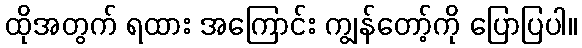
ထိုအတွက် ရထား အကြောင်း ကျွန်တော့်ကို ပြောပြပါ။